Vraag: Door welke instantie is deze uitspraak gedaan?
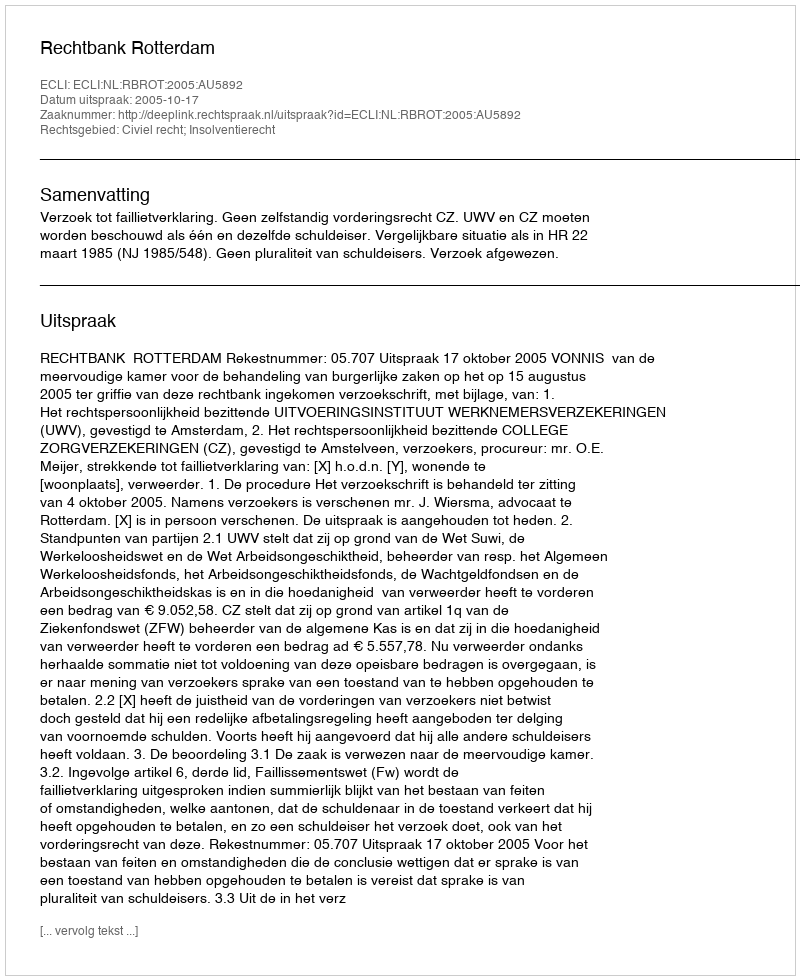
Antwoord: Rechtbank Rotterdam